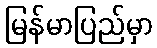
မြန်မာပြည်မှာ